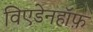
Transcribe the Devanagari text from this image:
विएडेनहॉफ़